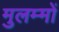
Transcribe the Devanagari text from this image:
मुलम्मों